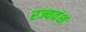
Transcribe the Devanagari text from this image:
रज्यवंशः